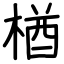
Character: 楢